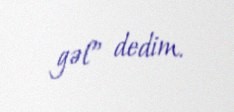
gəl” dedim.